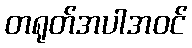
တရုတ်အပါအဝင်